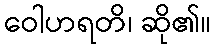
ဝေါဟရတိ၊ ဆို၏။